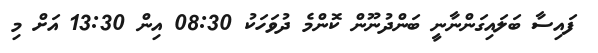
ފައިސާ ބަލައިގަންނާނީ ބަންދުނޫން ކޮންމެ ދުވަހަކު 08:30 އިން 13:30 އަށް މި